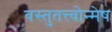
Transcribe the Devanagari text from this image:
वस्तुतत्त्वोन्मेष